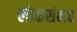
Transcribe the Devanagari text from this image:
लोकसंभव